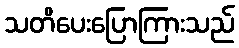
သတိပေးပြောကြားသည်